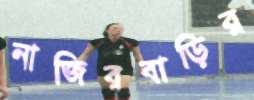
নাজিরবাড়ির